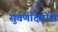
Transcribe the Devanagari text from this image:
सुवर्णाक्षरोंसे